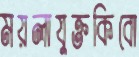
ময়লাযুক্তকিবো